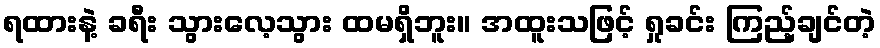
ရထားနဲ့ ခရီး သွားလေ့သွား ထမရှိဘူး။ အထူးသဖြင့် ရှုခင်း ကြည့်ချင်တဲ့